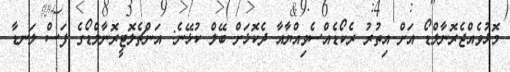
މޮޅުވެއްޖެރޮނާލްޑޯ އަށް އިތުރު ރެކޯޑެއްސެވިއްޔާއާ ދެކޮޅަށް ބޭލް ކުޅޭނެ: އަންޗެލޮޓީރޮނާލްޑޯގެ ފަސް ލަނޑާ